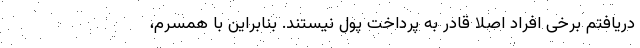
دریافتم برخی افراد اصلا قادر به پرداخت پول نیستند. بنابراین با همسرم،